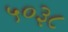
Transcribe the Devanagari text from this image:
५०३८